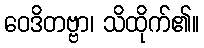
ဝေဒိတဗ္ဗာ၊ သိထိုက်၏။